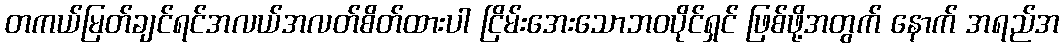
တကယ်မြတ်ချင်ရင်အလယ်အလတ်စိတ်ထားပါ ငြိမ်းအေးသောဘဝပိုင်ရှင် ဖြစ်ဖို့အတွက် နောက် အရည်အ